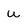
Character: u